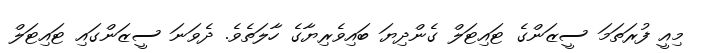
މިއީ ފުރަތަމަ ސީޒަންގެ ޓައިޓަލް ގެންދިޔަ ބައިވެރިޔާގެ ހާލަތެވެ. ދެވަނަ ސީޒަންގައި ޓައިޓަލް